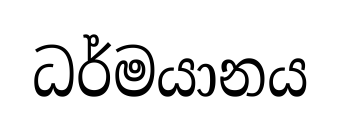
ධර්මයානය